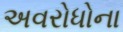
અવરોધોના